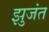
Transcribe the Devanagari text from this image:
झुजंत